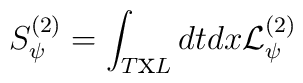
S_{\psi }^{(2)}=\int _{T\textrm{x}L}dtdx{{\mathcal{L}}}^{(2)}_{\psi }